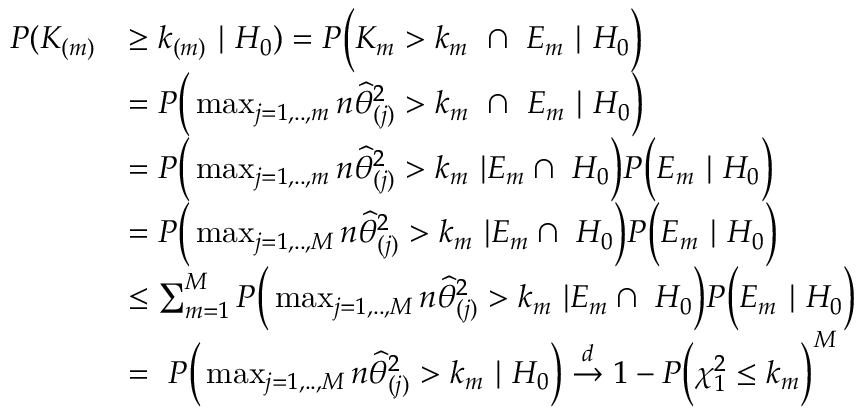
\begin{array} { r l } { P ( K _ { ( m ) } } & { \geq k _ { ( m ) } \ | \ H _ { 0 } ) = P \Big ( K _ { m } > k _ { m } \ \cap \ E _ { m } \ | \ H _ { 0 } \Big ) } \\ & { = P \Big ( \mathop { \operatorname* { m a x } } _ { j = 1 , . . , m } n \widehat { \theta } _ { ( j ) } ^ { 2 } > k _ { m } \ \cap \ E _ { m } \ | \ H _ { 0 } \Big ) } \\ & { = P \Big ( \mathop { \operatorname* { m a x } } _ { j = 1 , . . , m } n \widehat { \theta } _ { ( j ) } ^ { 2 } > k _ { m } \ | E _ { m } \cap \ H _ { 0 } \Big ) P \Big ( E _ { m } \ | \ H _ { 0 } \Big ) } \\ & { = P \Big ( \mathop { \operatorname* { m a x } } _ { j = 1 , . . , M } n \widehat { \theta } _ { ( j ) } ^ { 2 } > k _ { m } \ | E _ { m } \cap \ H _ { 0 } \Big ) P \Big ( E _ { m } \ | \ H _ { 0 } \Big ) } \\ & { \leq \sum _ { m = 1 } ^ { M } P \Big ( \mathop { \operatorname* { m a x } } _ { j = 1 , . . , M } n \widehat { \theta } _ { ( j ) } ^ { 2 } > k _ { m } \ | E _ { m } \cap \ H _ { 0 } \Big ) P \Big ( E _ { m } \ | \ H _ { 0 } \Big ) } \\ & { = \ P \Big ( \mathop { \operatorname* { m a x } } _ { j = 1 , . . , M } n \widehat { \theta } _ { ( j ) } ^ { 2 } > k _ { m } \ | \ H _ { 0 } \Big ) \stackrel { d } { \rightarrow } 1 - P \Big ( \chi _ { 1 } ^ { 2 } \leq k _ { m } \Big ) ^ { M } } \end{array}